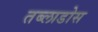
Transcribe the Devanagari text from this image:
तब्लाडोस